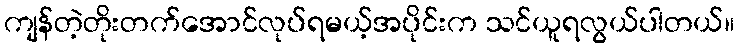
ကျန်တဲ့တိုးတက်အောင်လုပ်ရမယ့်အပိုင်းက သင်ယူရလွယ်ပါတယ်။